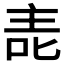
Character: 𱒷